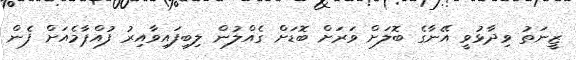
ޒީނަތު ވިދާޅުވީ އޭނާގެ ބޮލަށް ވަރަށް ބޮޑަށް ގެއްލުން ލިބިފައިވާއިރު ފުއްޕާމެއަށް ފެން